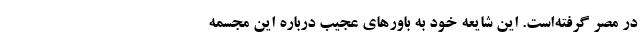
در مصر گرفته‌است. این شایعه خود به باور‌های عجیب درباره این مجسمه